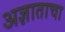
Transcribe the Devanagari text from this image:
अज्ञाताचा